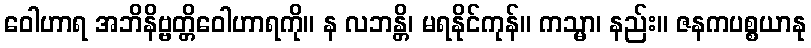
ဝေါဟာရ အဘိနိဗ္ဗတ္တိဝေါဟာရကို။ န လဘန္တိ၊ မရနိုင်ကုန်။ ကသ္မာ၊ နည်း။ ဇနကပစ္စယာနု